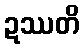
ဍဿတိ